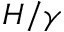
H / \gamma